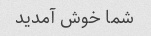
شما خوش آمدید